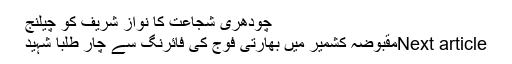
چودھری شجاعت کا نواز شریف کو چیلنج
Next articleمقبوضہ کشمیر میں بھارتی فوج کی فائرنگ سے چار طلبا شہید